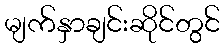
မျက်နှာချင်းဆိုင်တွင်